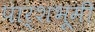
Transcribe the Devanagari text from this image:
पार्शभूमी